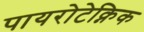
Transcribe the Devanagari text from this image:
पायरोटेक्निक